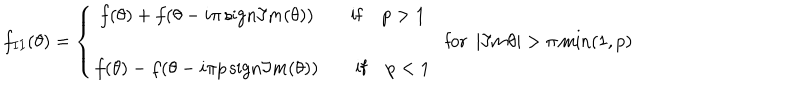
LaTeX: f _ { I I } ( \theta ) = \left\{ \begin{array} { c } { { f ( \theta ) + f ( \theta - i \pi \, \mathrm { s i g n } \Im m ( \theta ) ) \qquad \mathrm { i f } \quad p > 1 } } \\ { { f ( \theta ) - f ( \theta - i \pi p \, \mathrm { s i g n } \Im m ( \theta ) ) \qquad \mathrm { i f } \quad p < 1 } } \\ \end{array} \right. \: \textrm { f o r } \: | \Im m \theta | > \pi \min ( 1 , p )